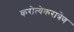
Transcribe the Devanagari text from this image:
करोत्येकरात्रेण